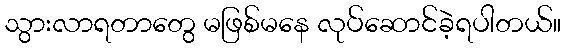
သွားလာရတာတွေ မဖြစ်မနေ လုပ်ဆောင်ခဲ့ရပါတယ်။